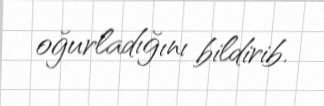
oğurladığını bildirib.